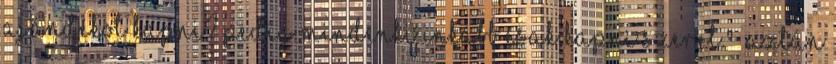
ajándékot kapni? Pedig mindenki inkább csak kapni szeret." Aztán